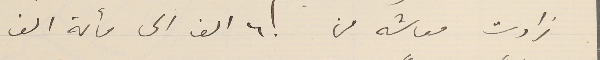
زادت معاشه من ٦٠ الف الى مائة الف